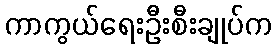
ကာကွယ်ရေးဦးစီးချုပ်က